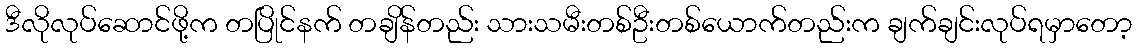
ဒီလိုလုပ်ဆောင်ဖို့က တပြိုင်နက် တချိန်တည်း သားသမီးတစ်ဦးတစ်ယောက်တည်းက ချက်ချင်းလုပ်ရမှာတော့